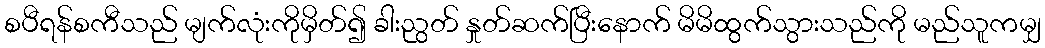
စပီရန်စကီသည် မျက်လုံးကိုမှိတ်၍ ခါးညွတ် နှုတ်ဆက်ပြီးနောက် မိမိထွက်သွားသည်ကို မည်သူကမျှ